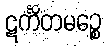
ဋင်္ကိတမဉ္စေ